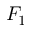
F _ { 1 }